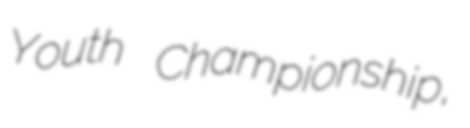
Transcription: Youth Championship,